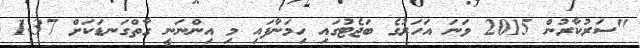
"ސަރުކާރުން 2015 ވަނަ އަހަރުގެ ބަޖެޓުގައި ހިމަނާފައި މި އިންނަނީ ގާތްގަނޑަކަށް 1.37